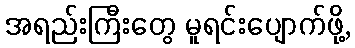
အရည်းကြီးတွေ မူရင်းပျောက်ဖို့,